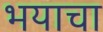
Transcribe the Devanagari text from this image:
भयाचा